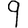
Digit: 9